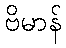
ဗိမာန်